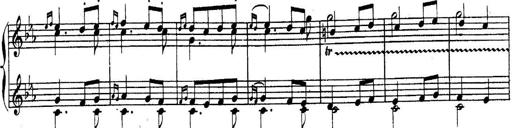
Title: Sonatina for Piano
Composer: BÃ©la BartÃ³k